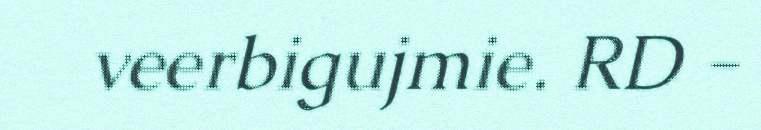
veerbigujmie. RD -